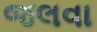
જલવા